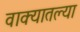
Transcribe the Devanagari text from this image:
वाक्यातल्या